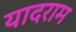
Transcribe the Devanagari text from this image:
यादराम